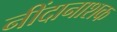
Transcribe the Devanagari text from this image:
नींदानाशक